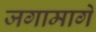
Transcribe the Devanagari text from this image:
जगामागे